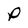
Character: P